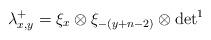
LaTeX: \begin{align*} \lambda^+_{x,y} = \xi_x\otimes \xi_{-(y + n-2)} \otimes {\det}^1\end{align*}